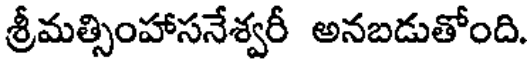
శ్రీమత్సింహాసనేశ్వరీ అనబడుతోంది.